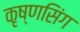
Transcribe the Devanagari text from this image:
कृष्णसिंग